Vaccination in Burma 1889-1999 - 1889-1999
Year: 1889
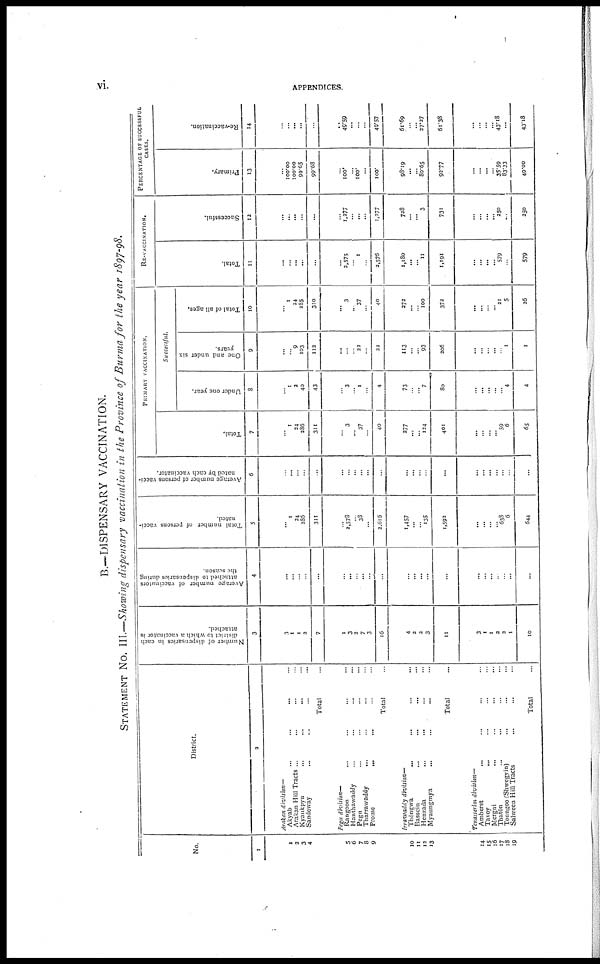
vi.
APPENDICES.
B.—DISPENSARY VACCINATION.
STATEMENT No. III.—Showing dispensary vaccination in the Province of Burma for the year 1897-98.
No.
1
1
2
3
4
5
6
7
8
9
10
11
12
13
14
15
16
17
18
19
District.
2
Arakan division—
Akyab ... ... ......
Arakan Hill Tracts ... ... ... ...
Kyaukpyu
...
...
... ...
Sandoway
...
... ... ...
Total ...
Pegu division—
Rangoon
... ... ... ...
Hanthawaddy
...
...
...
...
Pegu ... ... ... ...
Tharrawaddy ... ... ... ...
Prome
... ... ... ...
Total ...
Irrawaddy
division—
Thôngwa
...
...
...
...
Bassein
...
...
... ...
Henzada
...
... ... ...
Myaungmya
... ... ... ...
Total ...
Tenasserim division—
Amherst
...
...
... ...
Tavoy
... ... ... ...
Mergui ... ... ... ...
Thatôn ... ... ... ...
Toungoo (Shwegyin) ... ... ...
Salween Hill Tracts ... ... ...
Total ...
Number of dispensaries in each
district to which a vaccinator is
attached.
3
3
1
1
2
7
1
3
2
7
3
16
4
2
2
3
11
3
1
1
2
2
1
10
Average number of vaccinators
attached to dispensaries during
the season.
4
...
...
...
...
...
...
...
...
...
...
...
...
...
...
...
...
...
...
...
...
...
...
...
Total number of persons vacci-
nated.
5
...
1
24
286
311
...
2,578
...
38
...
2,616
1,457
...
... 135
1,592
...
...
...
...
638
6
644
Average number of persons vacci-
nated by each vaccinator.
6
...
...
...
...
...
...
...
...
...
...
...
...
...
...
...
...
...
...
...
...
...
...
...
PRIMARY VACCINATION.
Total.
7
... 1
24
286
311
... 3
... 37
...
40
277
...
... 124
401
...
...
...
... 59
6
65
Successful.
Under one year.
8
...
1
2
40
43
...
3
...
1
...
4
73
...
... 7
80
...
...
...
...
...
4
4
One and under six
years.
9
...
9
103
112
...
...
...
22
...
22
113
...
...
93
206
...
...
...
...
...
1
1
Total of all ages.
10
...
1
24
285
310
... 3
... 37
...
40
272
...
...
100
372
...
...
...
... 21
5
26
RE-VACCINATION.
Total.
11
...
...
...
...
...
...
2,575
...
1
...
2,576
1,180
...
...
11
1,191
...
...
...
...
579
...
579
Successful.
12
...
...
...
...
...
...
1,277
...
...
...
1,277
728
...
... 3
731
...
...
...
... 250
...
250
PERCENTAGE OF SUCCESSFUL
CASES.
Primary.
13
...
100.00
100.00
99.65
99.68
...
100.
...
100.
...
100.
98.19
...
...
80.65
92.77
...
...
...
...
35.59
83.33
40.00
Re-vaccination.
14
...
...
...
...
...
...
49.59
...
...
...
49.57
61.69
...
...
27.27
61.38
...
...
...
...
43.18
...
43.18